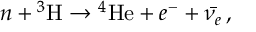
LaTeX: n + { ^ 3 { \mathrm { H } } } \rightarrow { ^ 4 { \mathrm { H e } } } + e ^ { - } + \bar { \nu _ { e } } \, ,